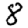
Digit: 8